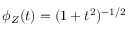
\phi _ { Z } ( t ) = ( 1 + t ^ { 2 } ) ^ { - 1 / 2 }